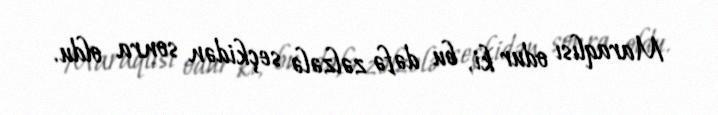
Maraqlısı odur ki, bu dəfə zəlzələ seçkidən sonra oldu.